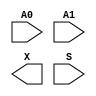
module sky130_fd_sc_lp__udp_mux_2to1 (
    //# {{data|Data Signals}}
    input  A0,
    input  A1,
    output X ,

    //# {{control|Control Signals}}
    input  S
);
endmodule